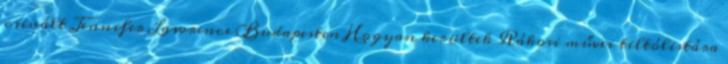
csinált Jennifer Lawrence Budapesten Hogyan kerültek Rákosi művei tiltólistára